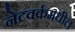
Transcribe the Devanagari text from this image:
नेटवर्कमधील